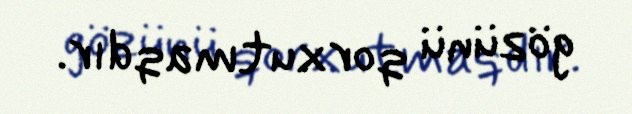
gözünü qorxutmaqdır.